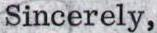
Sincerely,